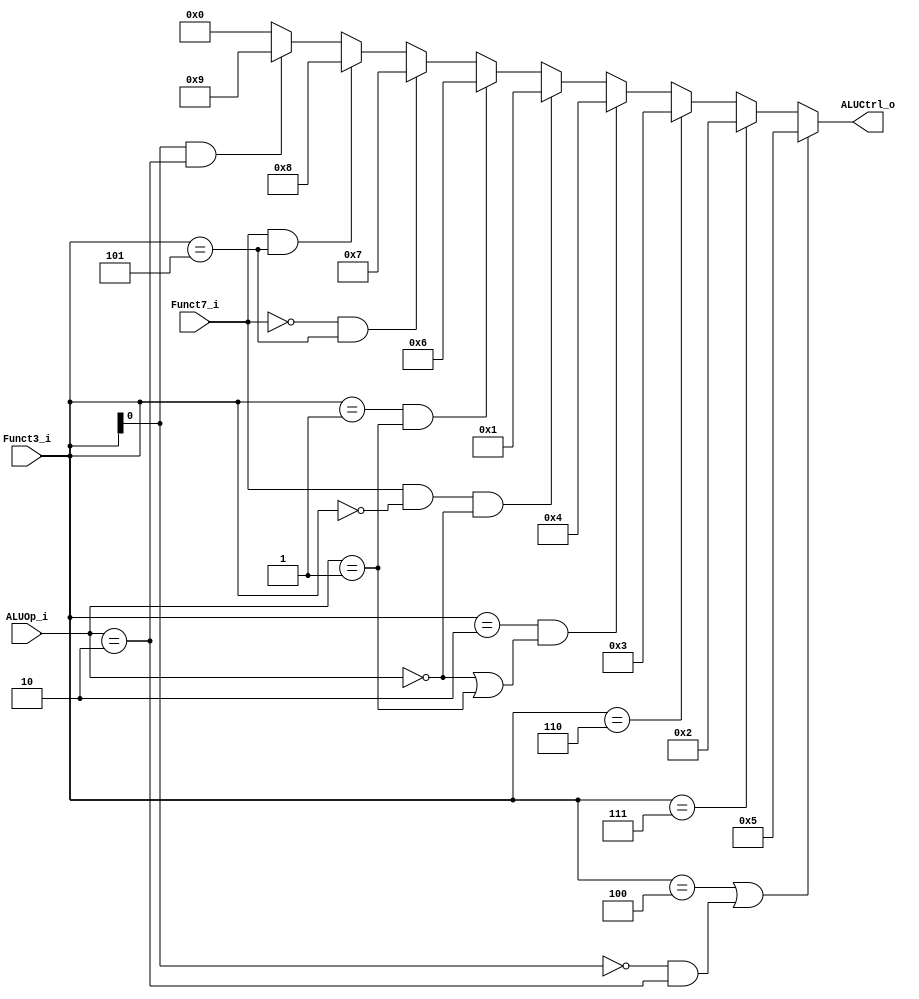
/*
Module: alu_control
Author: Chia-Jen Nieh
Description:
    Use the sixth bit of Funct7, Funct3 and ALUOp to determine the output ALUCtrl.
    ALUOp are two bits. 2'd0 represents 0110011, 2'd1 represents 1100011, 2'd2 represents others.
    The sixth bit in Funct7 is only used to distinguish add and sub.
    The ALUCtrl output follows my convention:
        When ALUCrtl_o == 4'd0. it handles ADD, ADDI, LW, SW and JALR.
        When ALUCrtl_o == 4'd1. it handles SUB.
        When ALUCrtl_o == 4'd2. it handles AND and ANDI.
        When ALUCrtl_o == 4'd3. it handles OR and ORI.
        When ALUCrtl_o == 4'd4. it handles SLT and SLTI.
        When ALUCrtl_o == 4'd5. it handles XOR, XORI, BEQ.
        When ALUCrtl_o == 4'd6. it handles SLLI.
        When ALUCrtl_o == 4'd7. it handles SRLI.
        When ALUCrtl_o == 4'd8. it handles SRAI.
        When ALUCrtl_o == 4'd9. it handles BNE.
*/
module alu_control (
    Funct7_i,
    Funct3_i,
    ALUOp_i,
    ALUCtrl_o
);
    //ISA to be handled
    //ADD:  0000000      rs2 rs1 000 rd          0110011
    //ADDI: IMM[11:0]        rs1 000 rd          0010011
    //LW:   IMM[11:0]        rs1 010 rd          0000011
    //SW:   IMM[11:5]    rs2 rs1 010 IMM[4:0]    0100011
    //JALR: IMM[11:0]        rs1 000 rd          1100111 //Byte address

    //SUB:  0100000      rs2 rs1 000 rd          0110011

    //AND:  0000000      rs2 rs1 111 rd          0110011
    //ANDI: IMM[11:0]        rs1 111 rd          0010011

    //OR:   0000000      rs2 rs1 110 rd          0110011
    //ORI:  IMM[11:0]        rs1 110 rd          0010011

    //XOR:  0000000      rs2 rs1 100 rd          0110011
    //XORI: IMM[11:0]        rs1 100 rd          0010011
    //BEQ:  IMM[12,10:5] rs2 rs1 000 IMM[4:1,11] 1100011 //Halfword address //Partially handled by ALU, PC + imm is outside of ALU
    
    //BNE:  IMM[12,10:5] rs2 rs1 001 IMM[4:1,11] 1100011 //Halfword address //Partially handled by ALU, PC + imm is outside of ALU
    
    //SLLI: 0000000      sha rs1 001 rd          0010011

    //SRLI: 0000000      sha rs1 101 rd          0010011

    //SRAI: 0100000      sha rs1 101 rd          0010011
    
    //SLT:  0000000      rs2 rs1 010 rd          0110011
    //SLTI: IMM[11:0]        rs1 010 rd          0010011

    //JAL:  IMM[20,10:1,11,19:12]    rd          1101111 //Halfword address //Not handled by ALU, PC + imm is outside of ALU

    // When ALUCrtl_o == 4'd0. it handles ADD, ADDI, LW, SW and JALR.
    // When ALUCrtl_o == 4'd1. it handles SUB.
    // When ALUCrtl_o == 4'd2. it handles AND and ANDI.
    // When ALUCrtl_o == 4'd3. it handles OR and ORI.
    // When ALUCrtl_o == 4'd4. it handles SLT and SLTI.
    // When ALUCrtl_o == 4'd5. it handles XOR, XORI, BEQ.
    // When ALUCrtl_o == 4'd6. it handles SLLI.
    // When ALUCrtl_o == 4'd7. it handles SRLI.
    // When ALUCrtl_o == 4'd8. it handles SRAI.
    // When ALUCrtl_o == 4'd9. it handles BNE.

    //Control module can't distinguish ADD, SUB, AND, OR, XOR and SLT.
    //Control module can't distinguish ADDI, ANDI, ORI, XORI, SLLI, SRLI, SRAI and SLTI.
    //Control module can't distinguish BEQ and BNE.
    //Control module can distinguish LW, SW, JALR and SLT.
    input        Funct7_i; //The sixth bit in Funct7, used to distinguish add and sub, SRLI and SRAI
    input  [2:0] Funct3_i;
    input  [1:0] ALUOp_i; //2'd0 represents 0110011 (R), 2'd1 represents 0010011 (I), 2'd2 represents 1100011 (B), 2'd3 represents others
    output [3:0] ALUCtrl_o;

    // wire isADD, isLW, isSW, isJALR;
    wire isSUB = (Funct7_i == 1'b1) & (Funct3_i == 3'b000) & (ALUOp_i == 2'd0); //Funct7 is to distinguish add and sub
    wire isBEQ = (Funct3_i[0] == 1'b0) & (ALUOp_i == 2'd2); //If ALUOp is 2'd2, use Funct3[0] to decide beq
    wire isAND = (Funct3_i == 3'b111); //If Funct3 = 111, must be and
    wire isOR = (Funct3_i == 3'b110); //If Funct3 = 110, must be or
    wire isSLT = (Funct3_i == 3'b010) & ((ALUOp_i == 2'd0) || (ALUOp_i == 2'd1)); //If Funct3 = 010, it may be load, store or slt, slti, use ALUOp to distinguish
    wire isXOR = (Funct3_i == 3'b100); //If Funct3 = 100, must be xor
    wire isSLL = (Funct3_i == 3'b001) & (ALUOp_i == 2'd1); //If Funct3 = 001, it may be sll or bne, use ALUOp to distinguish;;
    wire isSRL = (Funct7_i == 1'b0) & (Funct3_i == 3'b101); //If Funct3 = 101, it may be srl or sra, use ALUOp to distinguish
    wire isSRA = (Funct7_i == 1'b1) & (Funct3_i == 3'b101); //If Funct3 = 101, it may be srl or sra, use ALUOp to distinguish
    wire isBNE = (Funct3_i[0] == 1'b1) & (ALUOp_i == 2'd2); //If ALUOp is 2'd2, use Funct3[0] to decide bne

    assign ALUCtrl_o = (isXOR || isBEQ) ? 4'd5 : 
                       isAND ? 4'd2 :
                       isOR  ? 4'd3 :
                       isSLT ? 4'd4 :
                       isSUB ? 4'd1 :
                       isSLL ? 4'd6 :
                       isSRL ? 4'd7 :
                       isSRA ? 4'd8 :
                       isBNE ? 4'd9 : 4'd0; //Should arrange based on delay
endmodule

//Todo: change to parallel mux and inspect functionality